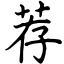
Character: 荐